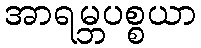
အာရမ္ဘပစ္စယာ